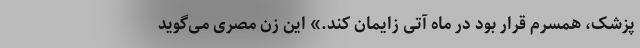
پزشک، همسرم قرار بود در ماه آتی زایمان کند.» این زن مصری می‌گوید